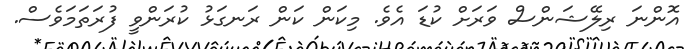
އޮންނަ ރިލޭޝަންސް ވަރަށް ކުޑަ އެވެ. މިކަން ކަން ރަނގަޅު ކުރަންވީ ފުރަތަމަވެސް.